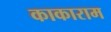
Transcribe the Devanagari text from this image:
काकाराम